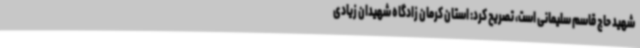
شهید حاج قاسم سلیمانی است، تصریح کرد: استان کرمان زادگاه شهیدان زیادی